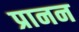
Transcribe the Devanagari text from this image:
प्रानन